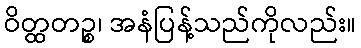
ဝိတ္ထတဉ္စ၊ အနံပြန့်သည်ကိုလည်း။